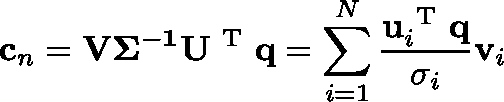
\mathbf { c } _ { n } = { \mathbf { V { \Sigma } ^ { - 1 } U ^ { \mathrm { ~ T ~ } } q } } = \sum _ { i = 1 } ^ { N } \frac { \mathbf { u } _ { i } ^ { \mathrm { ~ T ~ } } \mathbf { q } } { \sigma _ { i } } \mathbf { v } _ { i }